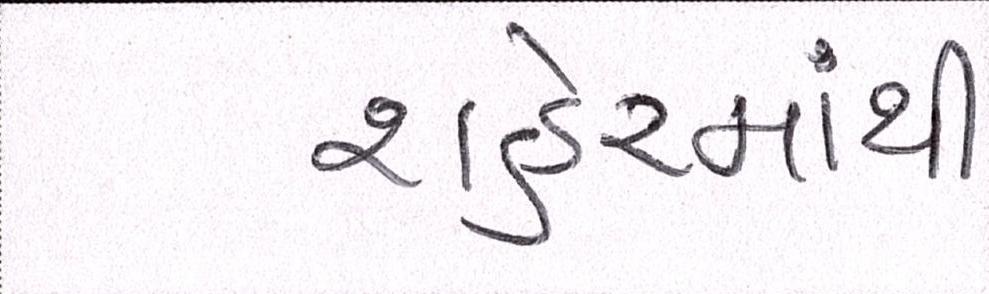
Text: શહેરમાંથી